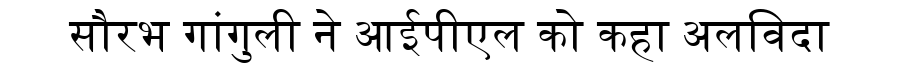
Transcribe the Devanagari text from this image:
सौरभ गांगुली ने आईपीएल को कहा अलविदा